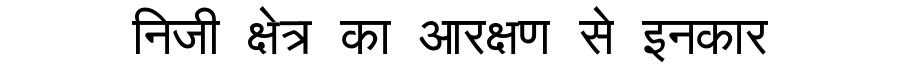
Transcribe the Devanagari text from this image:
निजी क्षेत्र का आरक्षण से इनकार